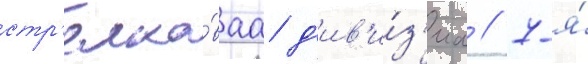
стр'елко́ваа д'ив'и́з'иа / 7-я́